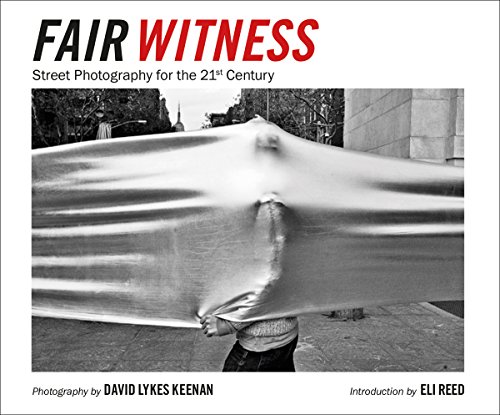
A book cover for David Lykes Keenan: Fair Witness: Street Photography for the 21st Century; Arts & Photography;